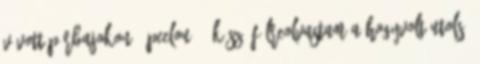
vívott párbajokon : peelou75: kösz, félreolvastam a hogyvolt utolsó